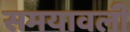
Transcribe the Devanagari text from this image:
समयावली